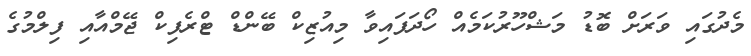
މެދުގައި ވަރަށް ބޮޑު މަޝްހޫރުކަމެއް ހޯދަފައިވާ މިއުޒިކް ބޭންޑް ޓްރެފިކް ޖޭމްއާއި ފިލްމުގެ